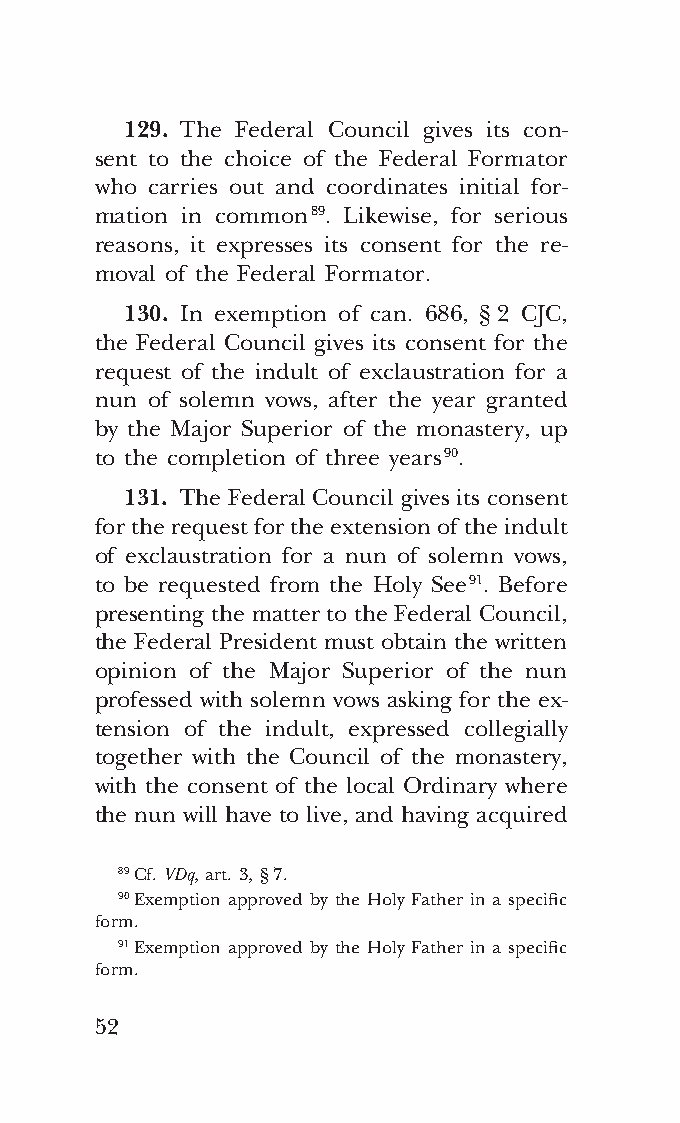
COR ORANS – NUOVO FORMATO – INGLESE 2ª BOZZA – 24 maggio 2018 – 11:12
 129. The Federal Council gives its con-
 sent to the choice of the Federal Formator
 who carries out and coordinates initial for-
 mation in common 89. Likewise, for serious
 reasons, it expresses its consent for the re-
 moval of the Federal Formator.
 130. In exemption of can. 686, § 2 CJC,
 the Federal Council gives its consent for the
 request of the indult of exclaustration for a
 nun of solemn vows, after the year granted
 by the Major Superior of the monastery, up
 to the completion of three years 90.
 131. The Federal Council gives its consent
 for the request for the extension of the indult
 of exclaustration for a nun of solemn vows,
 to be requested from the Holy See 91. Before
 presenting the matter to the Federal Council,
 the Federal President must obtain the written
 opinion of the Major Superior of the nun
 professed with solemn vows asking for the ex-
 tension of the indult, expressed collegially
 together with the Council of the monastery,
 with the consent of the local Ordinary where
 the nun will have to live, and having acquired
 89 Cf. VDq, art. 3, § 7.
 90 Exemption approved by the Holy Father in a specific
 form.
 91 Exemption approved by the Holy Father in a specific
 form.
 52